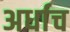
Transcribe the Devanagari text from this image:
अर्धाच